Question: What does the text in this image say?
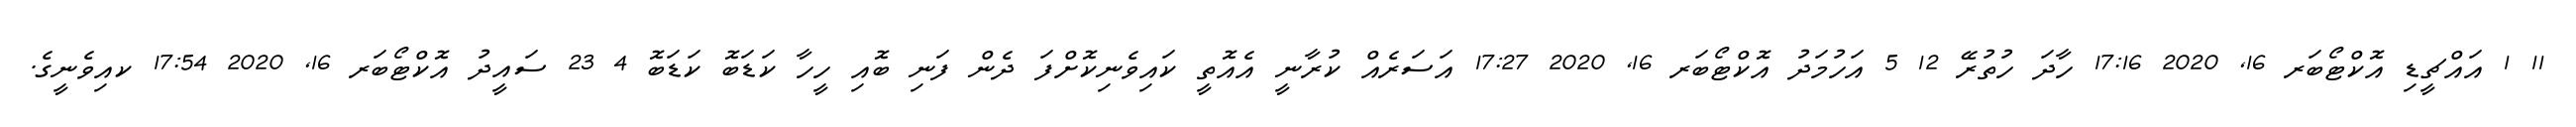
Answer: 11 1 އައްޗީޑި އޮކްޓޯބަރ 16, 2020 17:16 ހާދަ ހުތުރޭ 12 5 އަހުމަދު އޮކްޓޯބަރ 16, 2020 17:27 އަސަރެއް ކުރާނީ އެއޮތީ ކައިވެނިކޮށްފަ ދެން ފަނި ބޮއި ހީހާ ކަޑަބޮ ކަޑަބޮ 4 23 ސައީދު އޮކްޓޯބަރ 16, 2020 17:54 ކއިވެނީގެ.